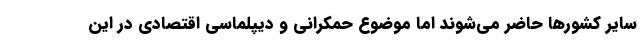
سایر کشورها حاضر می‌شوند اما موضوع حمکرانی و دیپلماسی اقتصادی در این